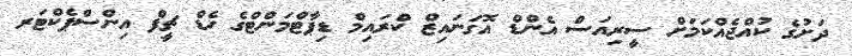
ދަށުގެ ކުއްޖެއްކަމަށް ސީރިއަސް އެންޑް އޮގަނައިޒް ކްރައިމް ޑިޕާޓްމަންޓްގެ ހެޑް ޗީފް އިންސްޕެކްޓަރ